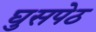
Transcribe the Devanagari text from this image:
घुसपेठ